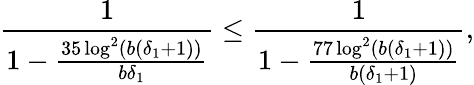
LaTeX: \frac{1}{1-\frac{35\log^{2}(b(\delta_{1}+1))}{b\delta_{1}}}\leq\frac{1}{1-\frac{77\log^{2}(b(\delta_{1}+1))}{b(\delta_{1}+1)}},